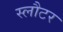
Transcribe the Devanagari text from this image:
स्लौटर